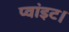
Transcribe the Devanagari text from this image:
प्‍वांइट।